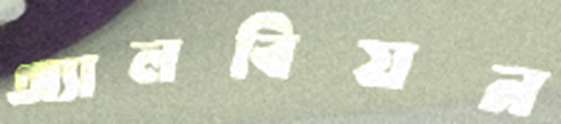
অ্যালবিয়ন